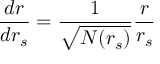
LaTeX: \frac { d r } { d r _ { s } } = \frac { 1 } { \sqrt { N ( r _ { s } ) } } \frac { r } { r _ { s } }